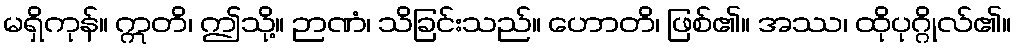
မရှိကုန်။ ဣတိ၊ ဤသို့။ ဉာဏံ၊ သိခြင်းသည်။ ဟောတိ၊ ဖြစ်၏။ အဿ၊ ထိုပုဂ္ဂိုလ်၏။